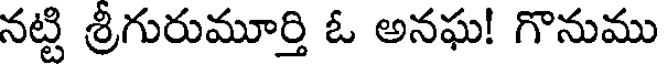
నట్టి శ్రీగురుమూర్తి ఓ అనఘ! గొనుము